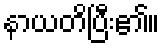
နာယတိပြီး၏။